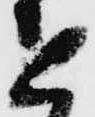
進